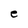
Character: e